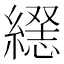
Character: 𦄥